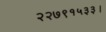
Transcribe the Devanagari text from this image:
२२७९१५३३।